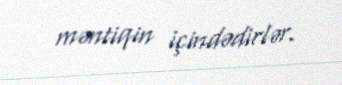
məntiqin içindədirlər.